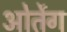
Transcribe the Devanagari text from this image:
ओर्तेग